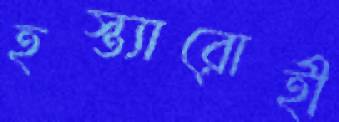
হস্ত্যারোহী